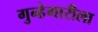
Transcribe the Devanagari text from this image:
गुन्हेगारीला